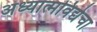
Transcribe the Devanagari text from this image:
अध्यात्मविद्येचा